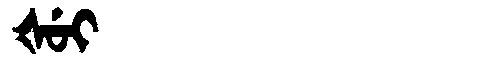
Manchu: ᡧᡠᡳ
Romanization: ŠUI